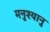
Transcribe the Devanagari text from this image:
मनुश्‍यानु